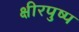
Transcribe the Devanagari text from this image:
क्षीरपुष्प